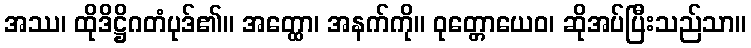
အဿ၊ ထိုဒိဋ္ဌိဂတံပုဒ်၏။ အတ္ထော၊ အနက်ကို။ ဝုတ္တောယေဝ၊ ဆိုအပ်ပြီးသည်သာ။